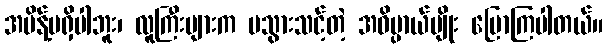
အမိန့်မရှိပါဘူး၊ လူကြီးများက မသွားသင့်တဲ့ အဓိပ္ပာယ်မျိုး ပြောကြပါတယ်။